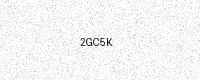
Text: 2GC5K